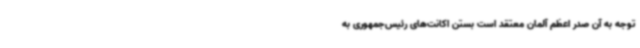
توجه به آن صدر اعظم آلمان معتقد است بستن اکانت‌های رئیس‌جمهوری به